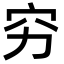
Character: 穷